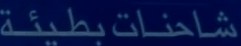
شاحنات-بطيئة